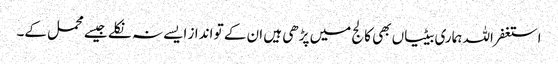
استغفر اللہ ہماری بیٹیاں بھی کالج میں پڑھی ہیں ان کے تو انداز ایسے نہ نکلے جیسے محمل کے۔